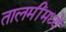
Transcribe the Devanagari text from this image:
तालमींमध्ये